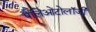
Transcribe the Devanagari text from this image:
पैलिओंटोलॉजी